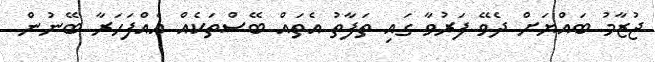
ޖުޒާމު ބައްޔަށް ދެވޭ ފަރުވާ ގައި ތަފާތު އެތައް ބޭސްތަކެއް އެއްފަހަރާ ބޭނުން